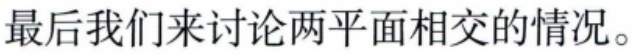
最后我们来讨论两平面相交的情况。